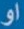
او